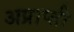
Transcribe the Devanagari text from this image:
अप्राप्ती